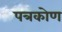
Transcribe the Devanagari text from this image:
पत्रकोण